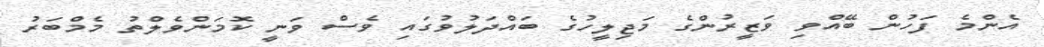
އެންމެ ފަހުން ބޭއްވި ވަޒީރުންގެ މަޖިލީހުގެ ބައްދަލުވުގައި ވެސް ވަނީ ކޮމަންވެލްތު މެމްބަރު